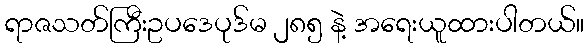
ရာဇသတ်ကြီးဥပဒေပုဒ်မ ၂၈၅ နဲ့ အရေးယူထားပါတယ်။